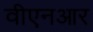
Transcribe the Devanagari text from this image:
वीएनआर